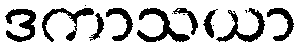
ဒကာသယာ